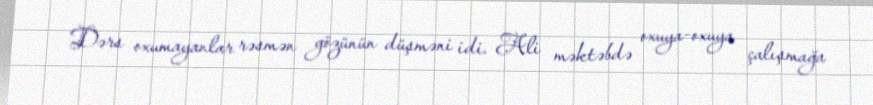
Dərs oxumayanlar rəsmən gözünün düşməni idi. Ali məktəbdə oxuya-oxuya çalışmağa